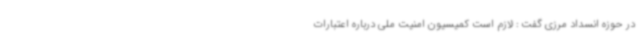
در حوزه انسداد مرزی گفت : لازم است کمیسیون امنیت ملی درباره اعتبارات